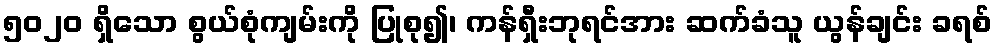
၅၀၂၀ ရှိသော စွယ်စုံကျမ်းကို ပြုစု၍၊ ကန်ရှီးဘုရင်အား ဆက်ခံသူ ယွန်ချင်း ခရစ်